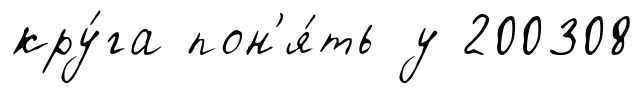
кру́га пон'я́ть у 200308